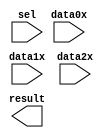
module chan_mux (
	data0x,
	data1x,
	data2x,
	sel,
	result);

	input	[21:0]  data0x;
	input	[21:0]  data1x;
	input	[21:0]  data2x;
	input	[1:0]  sel;
	output	[21:0]  result;

endmodule